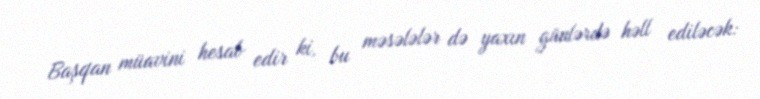
Başqan müavini hesab edir ki, bu məsələlər də yaxın günlərdə həll ediləcək: